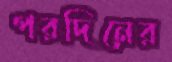
পরদিনের